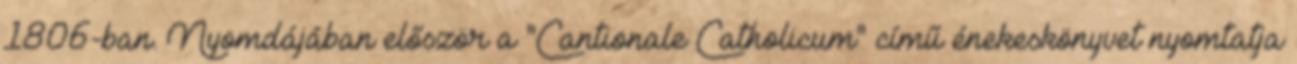
1806-ban. Nyomdájában először a "Cantionale Catholicum" című énekeskönyvet nyomtatja